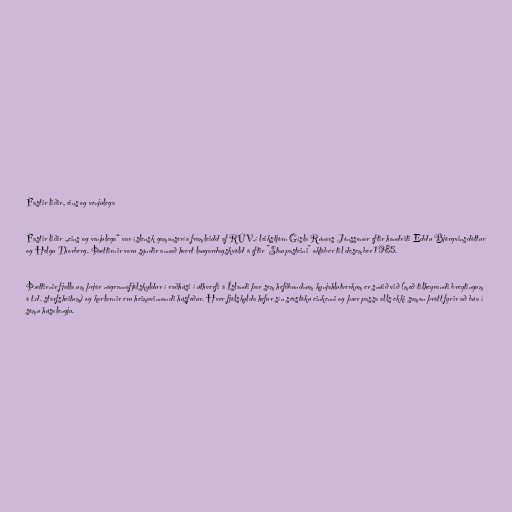
Fastir liðir, eins og venjulega

Fastir liðir „eins og venjulega“ var íslensk gamansería framleidd af RÚV,í leikstjórn Gísla Rúnars Jónssonar eftir handriti Eddu Björgvinsdóttur
og Helgu Thorberg. Þættirnir voru sýndir annað hvert laugardagskvöld á eftir "Staupasteini" október til desember 1985.

Þættirnir fjalla um þrjár nágrannafjölskyldur í raðhúsi í úthverfi á Íslandi þar sem hefðbundnum kynjahlutverkum er snúið við (með tilheyrandi breytingum
á t.d. starfsheitum) og karlarnir eru heimavinnandi húsfeður. Hver fjölskylda hefur sín sérstöku einkenni og þær passa alls ekki saman þrátt fyrir að búa í
sömu húsalengju.